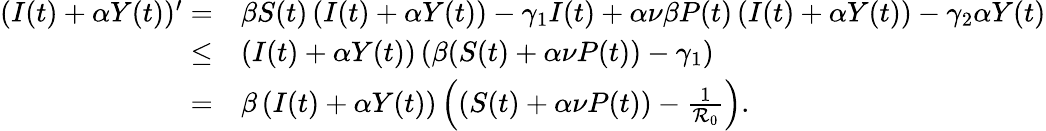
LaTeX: \begin{array}{rl}{(I(t)+\alpha Y(t))^{\prime}=}&{\beta S(t)\left(I(t)+\alpha Y(t)\right)-\gamma_{1}I(t)+\alpha\nu\beta P(t)\left(I(t)+\alpha Y(t)\right)-\gamma_{2}\alpha Y(t)}\\ {\leq}&{\left(I(t)+\alpha Y(t)\right)\left(\beta(S(t)+\alpha\nu P(t))-\gamma_{1}\right)}\\ {=}&{\beta\left(I(t)+\alpha Y(t)\right)\left((S(t)+\alpha\nu P(t))-\frac{1}{\mathcal{R}_{0}}\right).}\end{array}